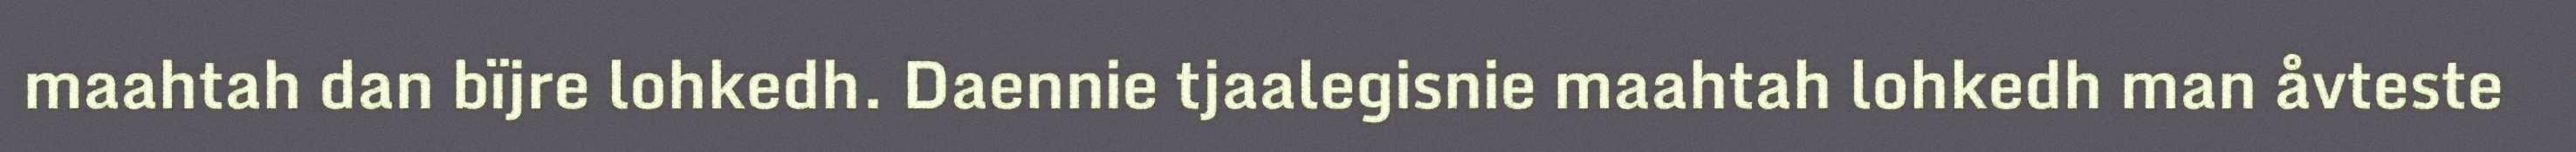
maahtah dan bïjre lohkedh. Daennie tjaalegisnie maahtah lohkedh man åvteste